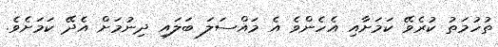
ތުހުމަތު ކުރެވޭ ކަމަށާއި އެހެންވެ އެ މައްސަލަ ބަލައި ދިނުމަށް އެދޭ ކަމަށެވެ.